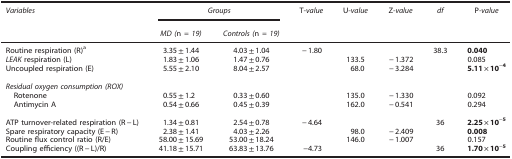
| Variables | <COLSPAN=2> Groups | T-value | U-value | Z-value | df | P-value |
 |  | MD (n = 19) | Controls (n = 19) |  |  |  |  |  |
 | --- | --- | --- | --- | --- | --- | --- | --- |
 | Routine respiration (R)a | 3.35±1.44 | 4.03±1.04 | −1.80 |  |  | 38.3 | 0.040 |
 | LEAK respiration (L) | 1.83±1.06 | 1.47±0.76 |  | 133.5 | −1.372 |  | 0.085 |
 | Uncoupled respiration (E) | 5.55±2.10 | 8.04±2.57 |  | 68.0 | −3.284 |  | 5.11 × 10−4 |
 |  |  |  |  |  |  |  |  |
 | <COLSPAN=8> Residual oxygen consumption (ROX) |
 | Rotenone | 0.55±1.2 | 0.33±0.60 |  | 135.0 | −1.330 |  | 0.092 |
 | Antimycin A | 0.54±0.66 | 0.45±0.39 |  | 162.0 | −0.541 |  | 0.294 |
 |  |  |  |  |  |  |  |  |
 | ATP turnover-related respiration (R−L) | 1.34±0.81 | 2.54±0.78 | −4.64 |  |  | 36 | 2.25 × 10−5 |
 | Spare respiratory capacity (E−R) | 2.38±1.41 | 4.03±2.26 |  | 98.0 | −2.409 |  | 0.008 |
 | Routine flux control ratio (R/E) | 58.00±15.69 | 53.00±18.24 |  | 146.0 | −1.007 |  | 0.157 |
 | Coupling efficiency ((R−L)/R) | 41.18±15.71 | 63.83±13.76 | −4.73 |  |  | 36 | 1.70 × 10−5 |